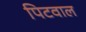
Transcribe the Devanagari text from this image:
पिटवाल